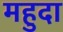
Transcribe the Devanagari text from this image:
महुदा